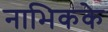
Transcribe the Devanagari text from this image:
नाभिकके